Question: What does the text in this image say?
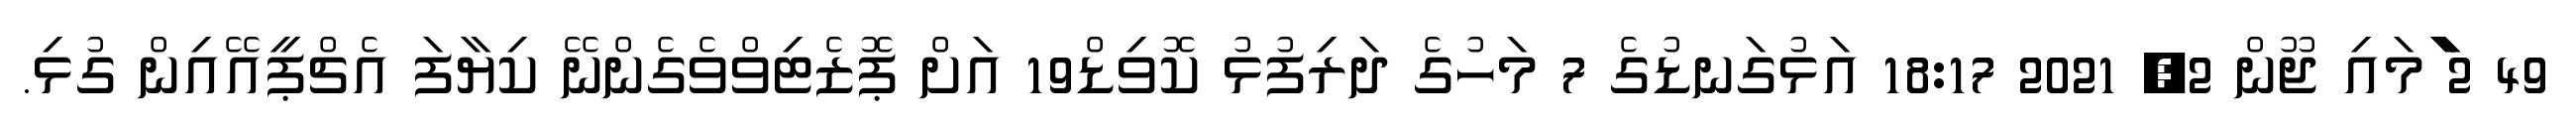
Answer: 49 2 ާަަމައި ޖޫން 2, 2021 18:17 އަޅުގަނޑުގެ 7 މަހުގެ ދަރިފުޅު ކޮވިޑް19 އަށް ޕޮޒެޓިވްވެގެންނޭ ކިޔާފަ އެޗްޕީއޭއިން ގުޅި.